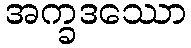
အက္ခဒဿော